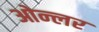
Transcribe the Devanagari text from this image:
ओन्लर